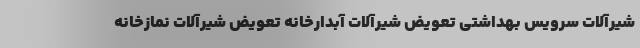
شیرآلات سرویس بهداشتی تعویض شیرآلات آبدارخانه تعویض شیرآلات نمازخانه